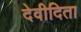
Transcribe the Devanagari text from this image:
देवीदिता